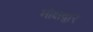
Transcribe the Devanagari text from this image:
मोक्षद्वार